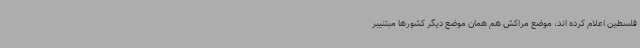
فلسطین اعلام کرده اند، موضع مراکش هم همان موضع دیگر کشورها مبتنیبر